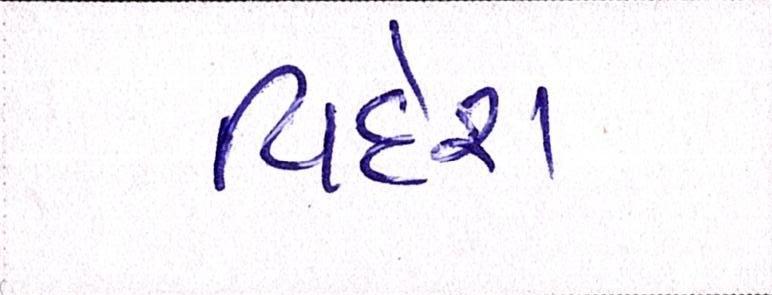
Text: વિદેશ